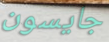
جايسون